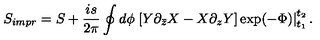
S _ { i m p r } = S + \frac { i s } { 2 \pi } \oint d \phi \left. \left[ Y \partial _ { \bar { z } } X - X \partial _ { z } Y \right] \exp ( - \Phi ) \right| _ { t _ { 1 } } ^ { t _ { 2 } } .